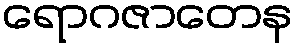
ရောဂဇာတေန